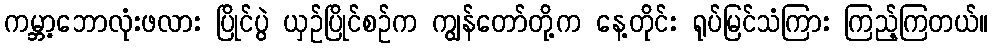
ကမ္ဘာ့ဘောလုံးဖလား ပြိုင်ပွဲ ယှဉ်ပြိုင်စဉ်က ကျွန်တော်တို့က နေ့တိုင်း ရုပ်မြင်သံကြား ကြည့်ကြတယ်။